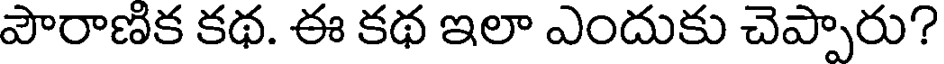
పౌరాణిక కథ. ఈ కథ ఇలా ఎందుకు చెప్పారు?